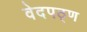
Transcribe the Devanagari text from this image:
वेदपठ्ण